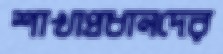
শাখাপ্রধানদের